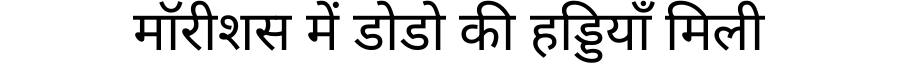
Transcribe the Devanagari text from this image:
मॉरीशस में डोडो की हड्डियाँ मिली